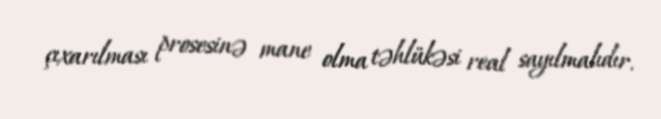
çıxarılması prosesinə mane olma təhlükəsi real sayılmalıdır.